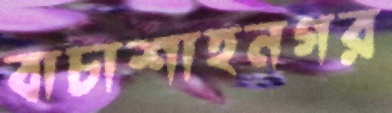
বাচাশাহনগর